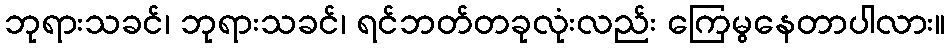
ဘုရားသခင်၊ ဘုရားသခင်၊ ရင်ဘတ်တခုလုံးလည်း ကြေမွနေတာပါလား။